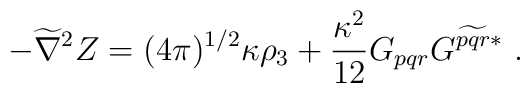
- \widetilde\nabla^2 Z = (4\pi)^{1/2} \kappa \rho_3 + \frac{\kappa^2}{12}G_{pqr} G^{\widetilde{pqr}*} \ .